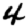
Digit: 4